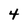
Character: 4